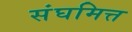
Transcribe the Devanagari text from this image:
संघमित्त